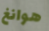
هوانغ